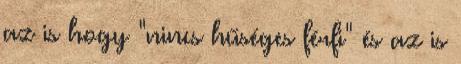
az is hogy "nincs hűséges férfi" és az is